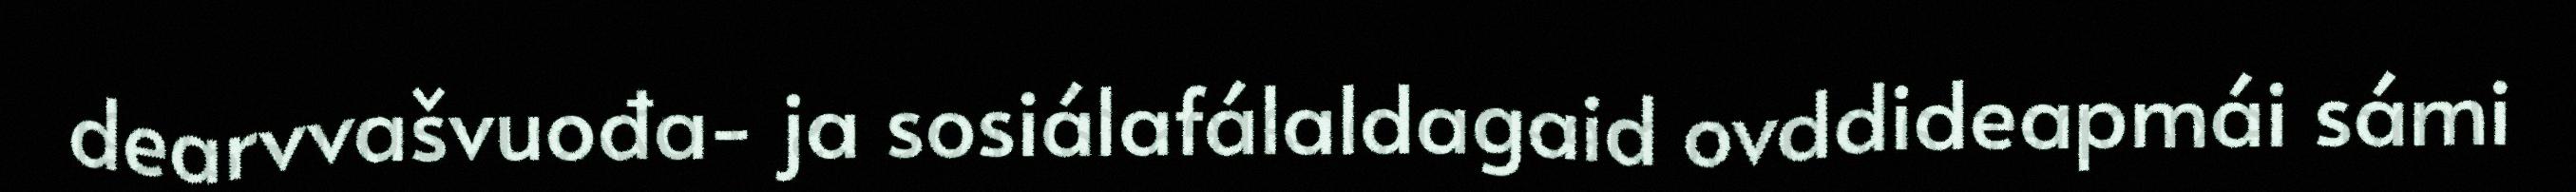
dearvvašvuođa- ja sosiálafálaldagaid ovddideapmái sámi